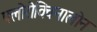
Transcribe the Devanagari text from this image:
फ्लोरोक्विनालोन